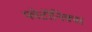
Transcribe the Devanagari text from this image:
फोटॉनिक्‍स